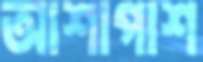
আশাপাশ